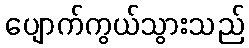
ပျောက်ကွယ်သွားသည်